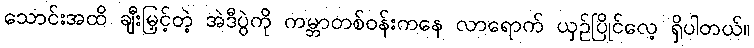
သောင်းအထိ ချီးမြှင့်တဲ့ အဲဒီပွဲကို ကမ္ဘာတစ်ဝန်းကနေ လာရောက် ယှဉ်ပြိုင်လေ့ ရှိပါတယ်။